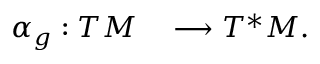
\begin{array} { r l } { \alpha _ { g } : T M } & { { } \longrightarrow T ^ { * } M . } \end{array}